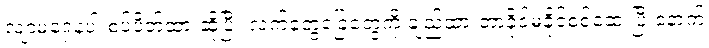
လျာမရှေနဲ့ပါးစပ်ပိတ်ထားဆိုပြီး လက်တွေခြေတွေကို ချည်ထားတာခိုင်မခိုင်စစ်ဆေးပြီးနောက်